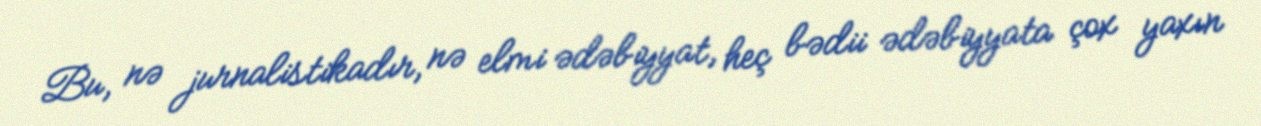
Bu, nə jurnalistikadır, nə elmi ədəbiyyat, heç bədii ədəbiyyata çox yaxın